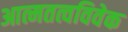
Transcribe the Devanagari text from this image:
आत्मतत्वविवेक